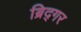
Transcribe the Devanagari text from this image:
ब्रिद्गर